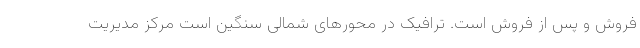
فروش و پس از فروش است. ترافیک در محورهای شمالی سنگین است مرکز مدیریت